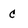
Character: C